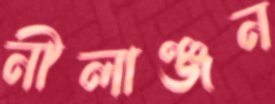
নীলাঞ্জন